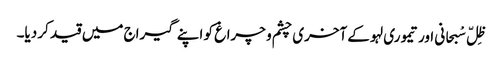
ظِلّ سْبحانی اور تیموری لہو کے آخری چشم و چراغ کو اپنے گیراج میں قید کر دیا۔